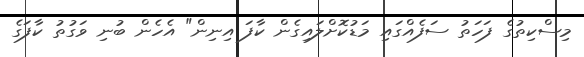
މިސްކިތުގެ ފަހަތު ސަފެއްގައި މަޑުކޮށްލައިގެން ކާފަ އިނިން" އެހެން ބުނި ވަގުތު ކާފަގެ